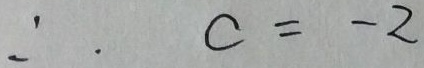
\therefore c = - 2